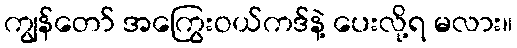
ကျွန်တော် အကြွေးဝယ်ကဒ်နဲ့ ပေးလို့ရ မလား။